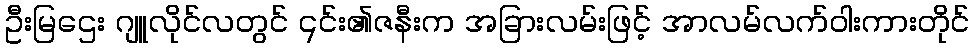
ဦးမြဌေး ဂျူလိုင်လတွင် ၎င်း၏ဇနီးက အခြားလမ်းဖြင့် အာလမ်လက်ဝါးကားတိုင်